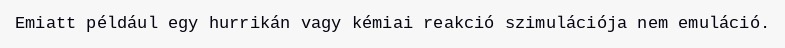
Emiatt például egy hurrikán vagy kémiai reakció szimulációja nem emuláció.